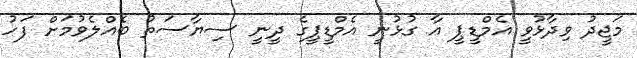
މަޖީދު ވިދާޅުވީ އެމްޑީޕީ އާ ގުޅުނީ އެމްޑީޕީގެ ދީނީ ސިޔާސަތު ބެއްލެވުމަށް ފަހު